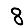
Digit: 8